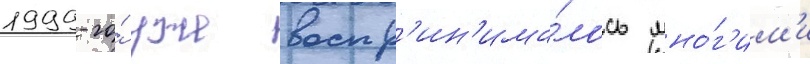
1999-го́ уже воспр'ин'има́лось мно́г'им'и